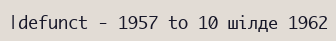
|defunct - 1957 to 10 шілде 1962